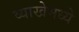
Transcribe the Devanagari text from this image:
व्याखेमध्ये